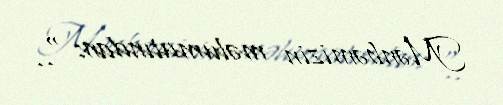
Mənbəmizin məlumatından: “..